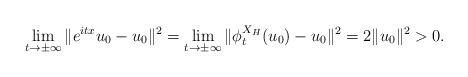
LaTeX: \begin{align*}\lim_{t\rightarrow \pm \infty} \|e^{itx} u_0 - u_0\|^2 = \lim_{t\rightarrow\pm \infty} \|\phi_t^{X_H}(u_0)-u_0\|^2 = 2\|u_0\|^2>0.\end{align*}